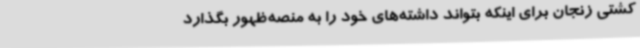
کشتی زنجان برای اینکه بتواند داشته‌های خود را به منصه‌ظهور بگذارد